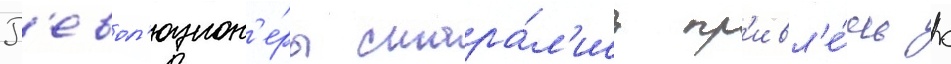
Р'евол'юцион'е́ры стара́л'ись пр'ивл'е́чь к